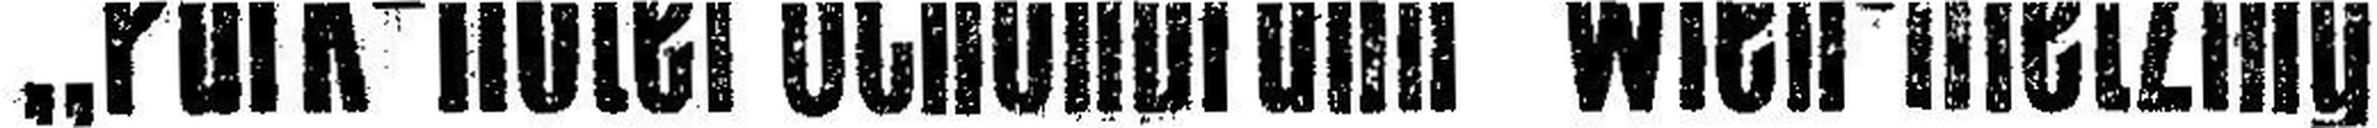
„Park-Hotel Schönbrunn“ Wien-Hietzing